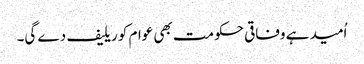
اُمید ہے وفاقی حکومت بھی عوام کو ریلیف دے گی۔